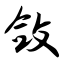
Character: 敛